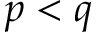
p < q